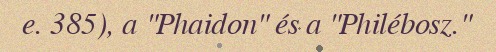
e. 385), a "Phaidon" és a "Philébosz."